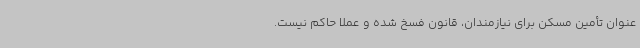
عنوان تأمین مسکن برای نیازمندان، قانون فسخ شده و عملا حاکم نیست.